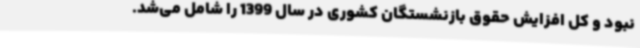
نبود و کل افزایش حقوق بازنشستگان کشوری در سال 1399 را شامل می‌شد.